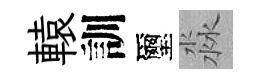
轅訓璽淼